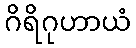
ဂိရိဂုဟာယံ